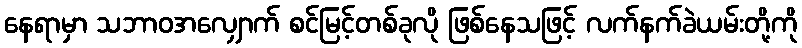
နေရာမှာ သဘာဝအလျှောက် စင်မြင့်တစ်ခုလို ဖြစ်နေသဖြင့် လက်နက်ခဲယမ်းတို့ကို